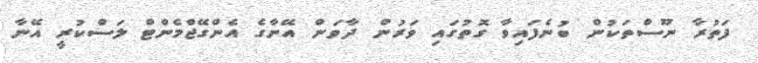
ފަތުރާ ނޫސްތަކުން ބުނެފައިވާ ގޮތުގައި ވަރުން ދާވަން އޭނާގެ އެންގޭޖްމެންޓް ލަސްކުރީ އޭނާ